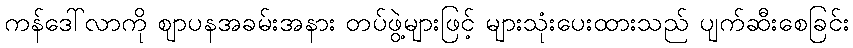
ကန်ဒေါ်လာကို ဈာပနအခမ်းအနား တပ်ဖွဲ့များဖြင့် များသုံးပေးထားသည် ပျက်ဆီးစေခြင်း